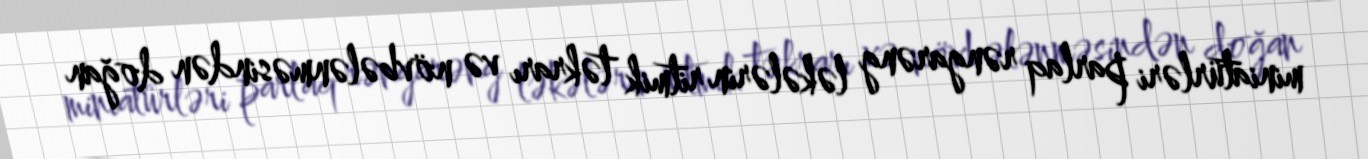
miniatürləri parlaq rəngarəng ləkələrin ritmik təkrarı və növbələnməsindən doğan